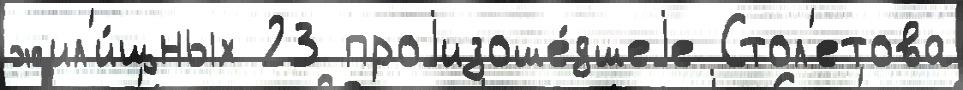
жил'и́щных 23 проjизоше́дшеjе Стол'етова